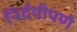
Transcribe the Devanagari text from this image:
निर्दयीपणे